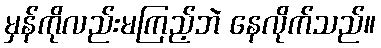
မှန်ကိုလည်းမကြည့်ဘဲ နေလိုက်သည်။